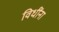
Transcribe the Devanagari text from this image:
विधींना